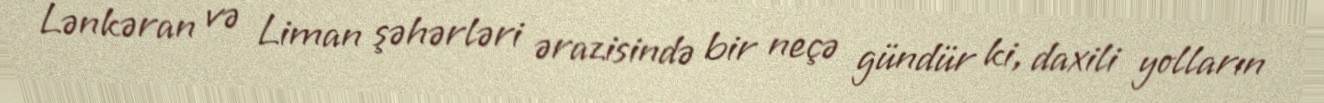
Lənkəran və Liman şəhərləri ərazisində bir neçə gündür ki, daxili yolların